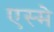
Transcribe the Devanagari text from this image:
एस्मे